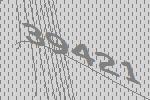
39421